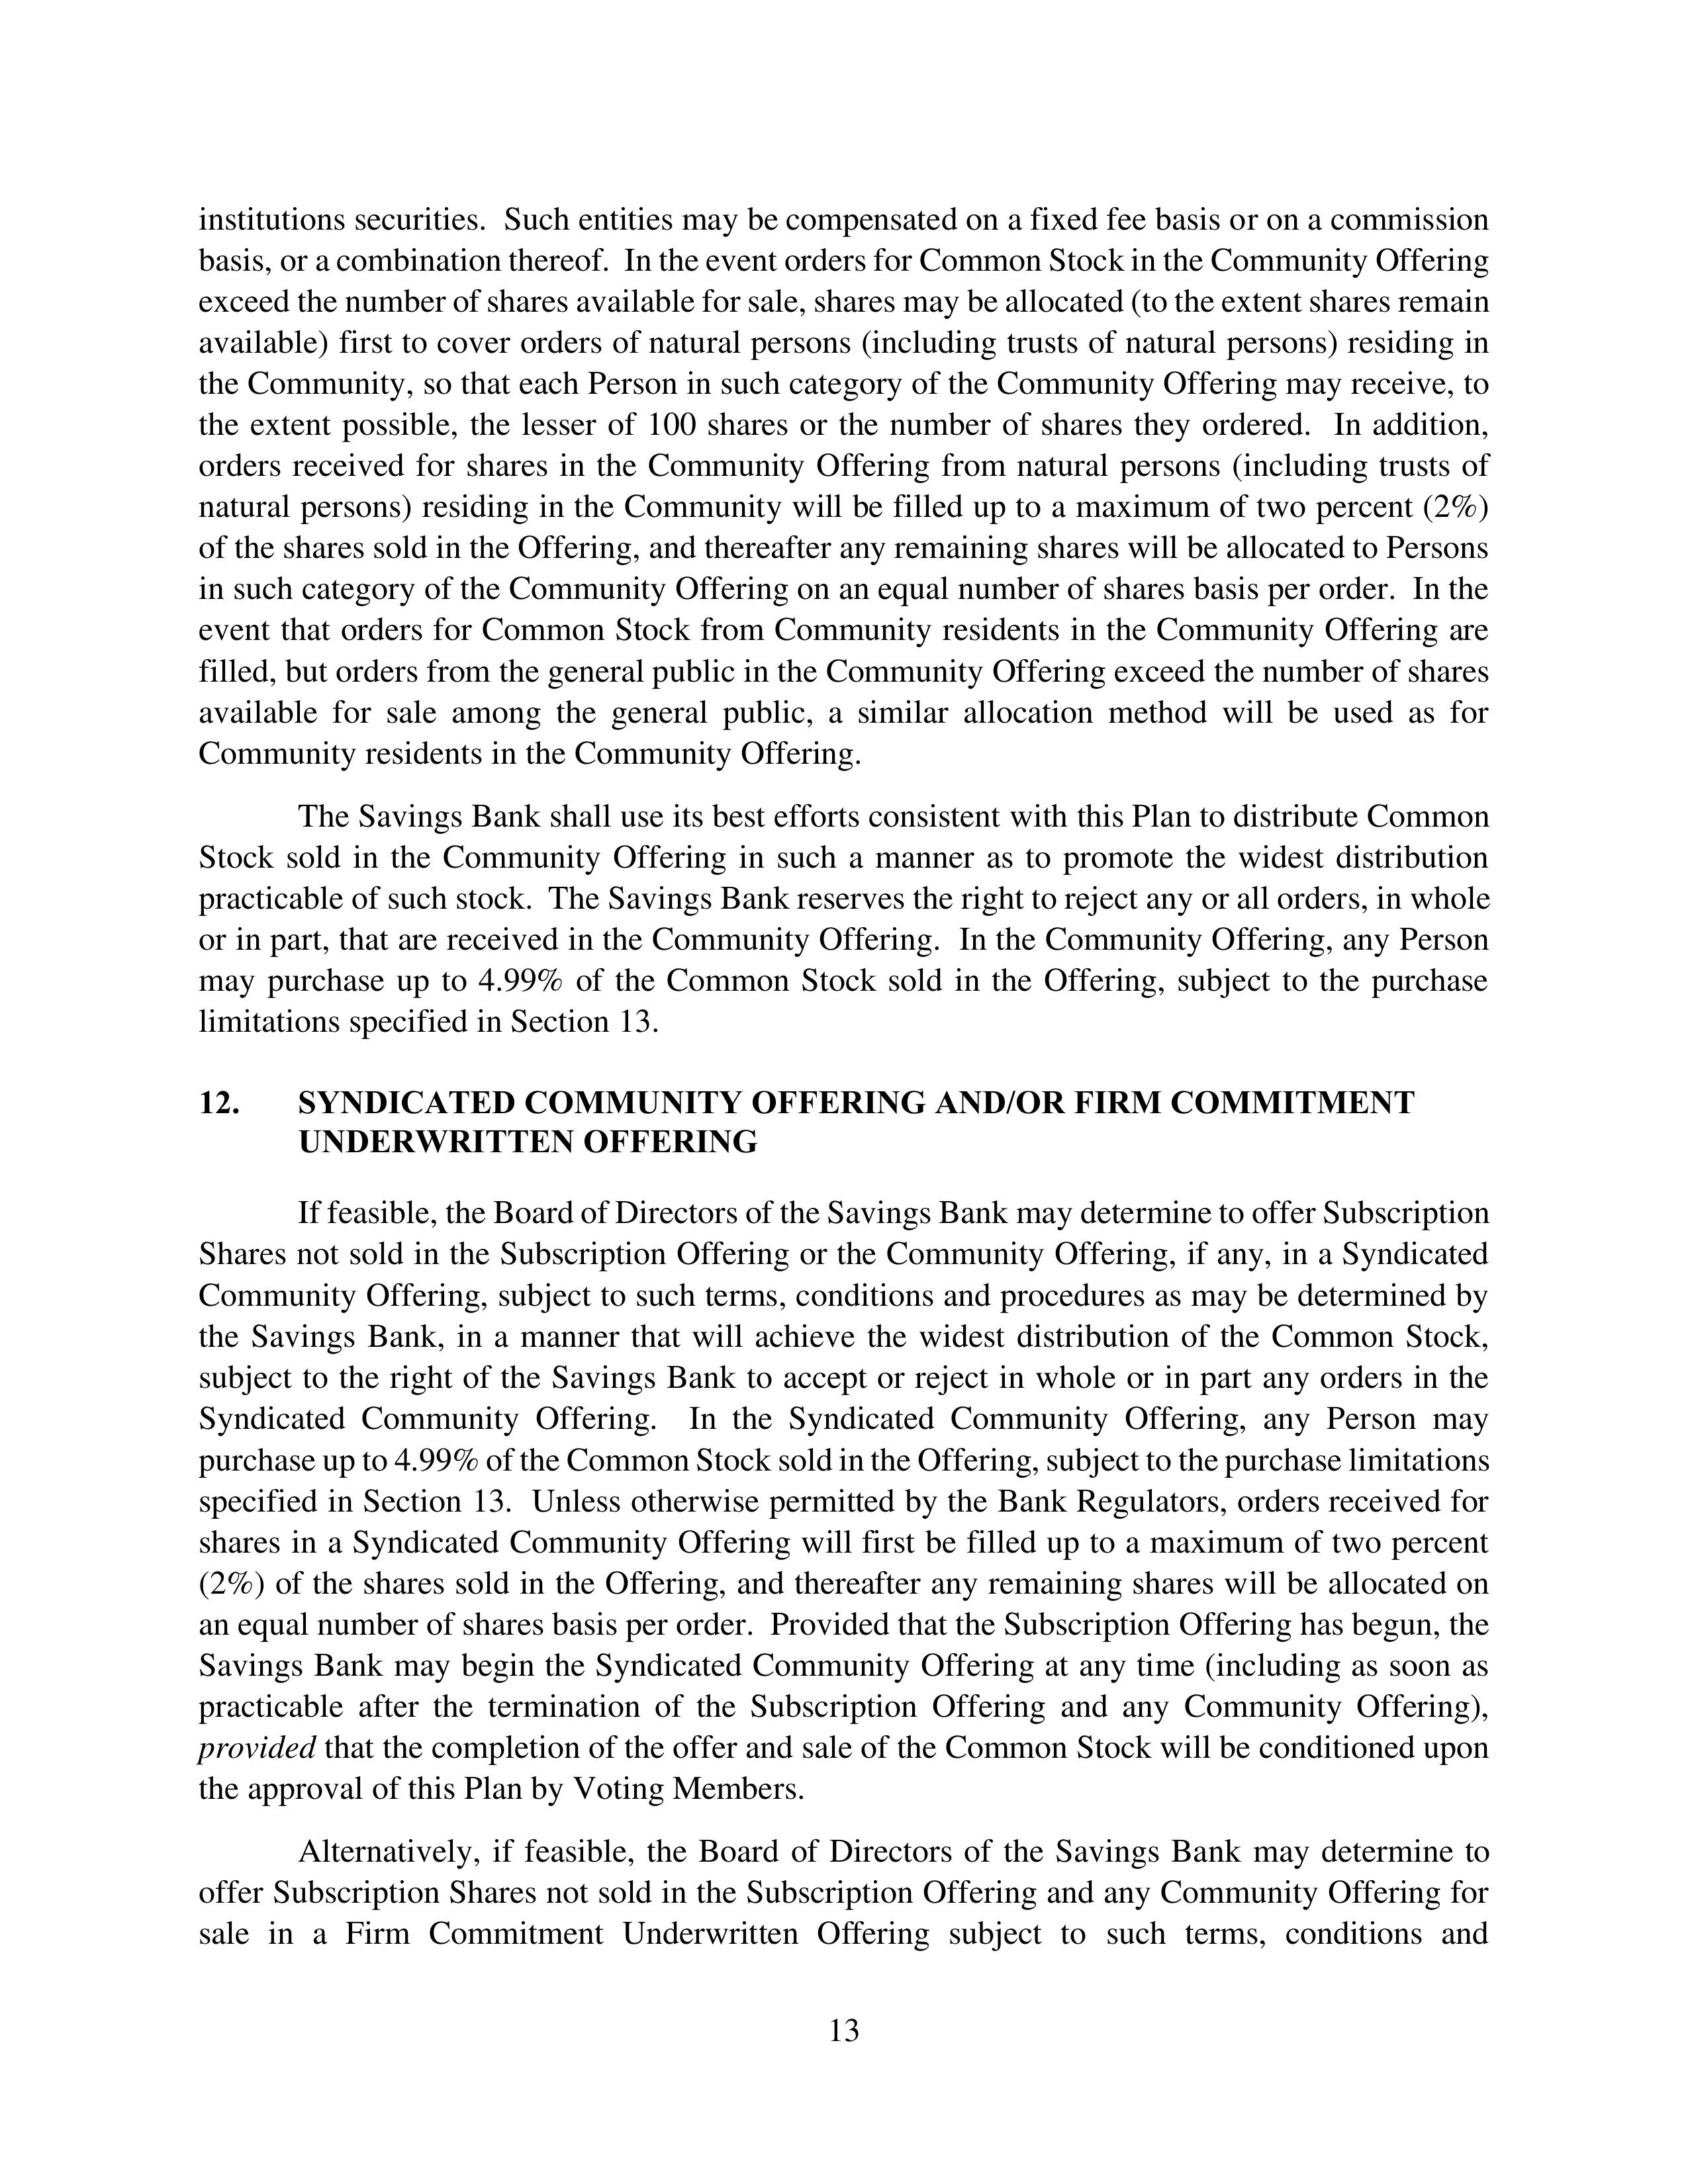
institutions securities. Such entities may be compensated on a fixed fee basis or on a commission basis, or a combination thereof. In the event orders for Common Stock in the Community Offering exceed the number of shares available for sale, shares may be allocated (to the extent shares remain available) first to cover orders of natural persons (including trusts of natural persons) residing in the Community, so that each Person in such category of the Community Offering may receive, to the extent possible, the lesser of 100 shares or the number of shares they ordered. In addition, orders received for shares in the Community Offering from natural persons (including trusts of natural persons) residing in the Community will be filled up to a maximum of two percent (2%) of the shares sold in the Offering, and thereafter any remaining shares will be allocated to Persons in such category of the Community Offering on an equal number of shares basis per order. In the event that orders for Common Stock from Community residents in the Community Offering are filled, but orders from the general public in the Community Offering exceed the number of shares available for sale among the general public, a similar allocation method will be used as for Community residents in the Community Offering.

The Savings Bank shall use its best efforts consistent with this Plan to distribute Common Stock sold in the Community Offering in such a manner as to promote the widest distribution practicable of such stock. The Savings Bank reserves the right to reject any or all orders, in whole or in part, that are received in the Community Offering. In the Community Offering, any Person may purchase up to 4.99% of the Common Stock sold in the Offering, subject to the purchase limitations specified in Section 13.

12.      SYNDICATED COMMUNITY OFFERING AND/OR FIRM COMMITMENT
         UNDERWRITTEN OFFERING

If feasible, the Board of Directors of the Savings Bank may determine to offer Subscription Shares not sold in the Subscription Offering or the Community Offering, if any, in a Syndicated Community Offering, subject to such terms, conditions and procedures as may be determined by the Savings Bank, in a manner that will achieve the widest distribution of the Common Stock, subject to the right of the Savings Bank to accept or reject in whole or in part any orders in the Syndicated Community Offering. In the Syndicated Community Offering, any Person may purchase up to 4.99% of the Common Stock sold in the Offering, subject to the purchase limitations specified in Section 13. Unless otherwise permitted by the Bank Regulators, orders received for shares in a Syndicated Community Offering will first be filled up to a maximum of two percent (2%) of the shares sold in the Offering, and thereafter any remaining shares will be allocated on an equal number of shares basis per order. Provided that the Subscription Offering has begun, the Savings Bank may begin the Syndicated Community Offering at any time (including as soon as practicable after the termination of the Subscription Offering and any Community Offering), provided that the completion of the offer and sale of the Common Stock will be conditioned upon the approval of this Plan by Voting Members.

Alternatively, if feasible, the Board of Directors of the Savings Bank may determine to offer Subscription Shares not sold in the Subscription Offering and any Community Offering for sale in a Firm Commitment Underwritten Offering subject to such terms, conditions and

13